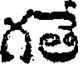
గతే